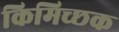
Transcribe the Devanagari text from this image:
किमिच्छक